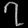
Digit: ၇